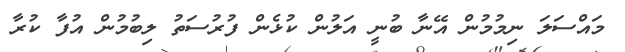
މައްސަލަ ނިމުމުން އޭނާ ބުނީ އަލުން ކުޅެން ފުރުސަތު ލިބުމުން އުފާ ކުރާ